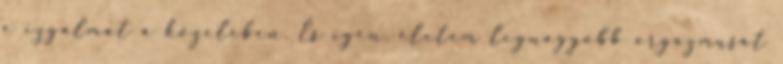
e izgalmat a közelében. És igen, életem legnagyobb orgazmusát